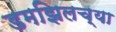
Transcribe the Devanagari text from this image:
डमझिलच्या